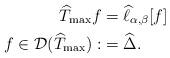
LaTeX: \begin{align*}\widehat{T}_{\max}f & =\widehat{\ell}_{\alpha,\beta}[f]\\f\in\mathcal{D}(\widehat{T}_{\max}) : & =\widehat{\Delta}.\end{align*}